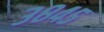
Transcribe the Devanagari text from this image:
३८४५